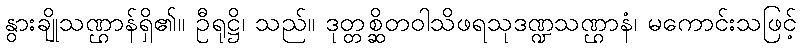
နွားချိုသဏ္ဌာန်ရှိ၏။ ဦရုဋ္ဌိ၊ သည်။ ဒုတ္တစ္ဆိတဝါသိဖရသုဒဏ္ဍသဏ္ဌာနံ၊ မကောင်းသဖြင့်